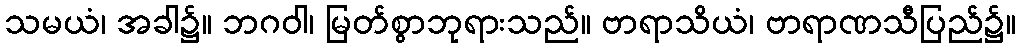
သမယံ၊ အခါ၌။ ဘဂဝါ၊ မြတ်စွာဘုရားသည်။ ဗာရာသိယံ၊ ဗာရာဏသီပြည်၌။